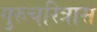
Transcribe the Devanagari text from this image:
गुरुचरित्रास